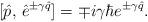
LaTeX: \begin{align*}[\hat p,\,\hat e^{\pm\gamma\hat q}]=\mp i\gamma\hbar e^{\pm\gamma\hat q}.\end{align*}